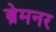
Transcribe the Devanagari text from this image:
ब्रेमनर